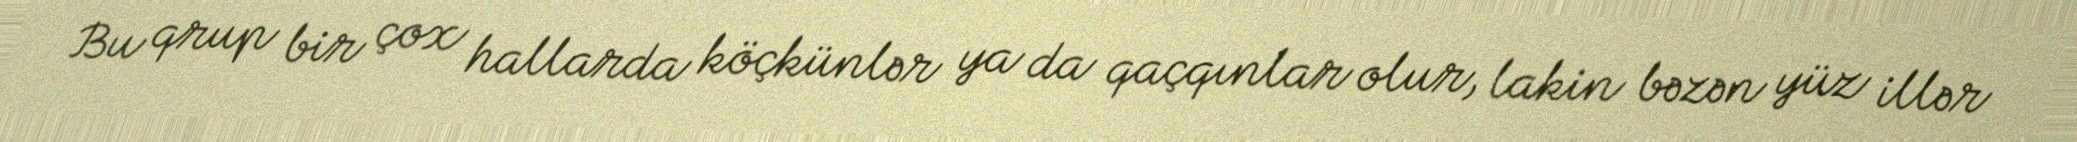
Bu qrup bir çox hallarda köçkünlər ya da qaçqınlar olur, lakin bəzən yüz illər